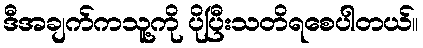
ဒီအချက်ကသူ့ကို ပိုပြီးသတိရစေပါတယ်။